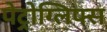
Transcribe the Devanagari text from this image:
पेट्रोग्लिफ्स